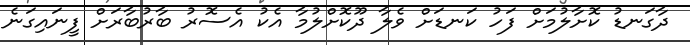
ދާގަނޑު ކޮށާލުމަށް ފަހު ކަނޑަށް ވެލާ ދޫކޮށްލުމާ އެކު އެސޮރު ބާރުބާރަށް ފީނައިގަނެ